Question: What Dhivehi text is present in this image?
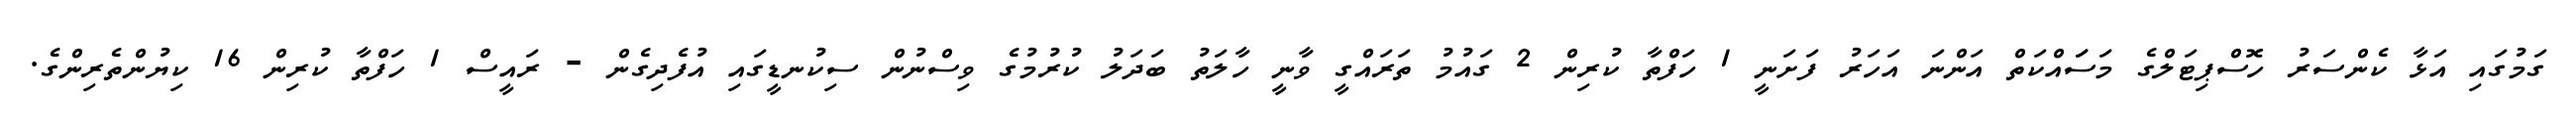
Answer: ގަމުގައި އަޅާ ކެންސަރު ހޮސްޕިޓަލްގެ މަސަައްކަތް އަންނަ އަހަރު ފަށަނީ 1 ހަފްތާ ކުރިން 2 ގައުމު ތަރައްގީ ވާނީ ހާލަތު ބަދަލު ކުރުމުގެ ވިސްނުން ސިކުނޑީގައި އުފެދިގެން - ރައީސް 1 ހަފްތާ ކުރިން 16 ކިޔުންތެރިންގެ.